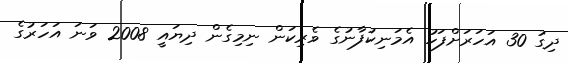
ދިގު 30 އަހަރަށްފަހު އެމަނިކުފާނުގެ ވެރިކަން ނިމިގެން ދިޔައީ 2008 ވަނަ އަހަރުގެ